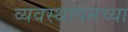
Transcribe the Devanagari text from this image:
व्यवस्थापनच्या